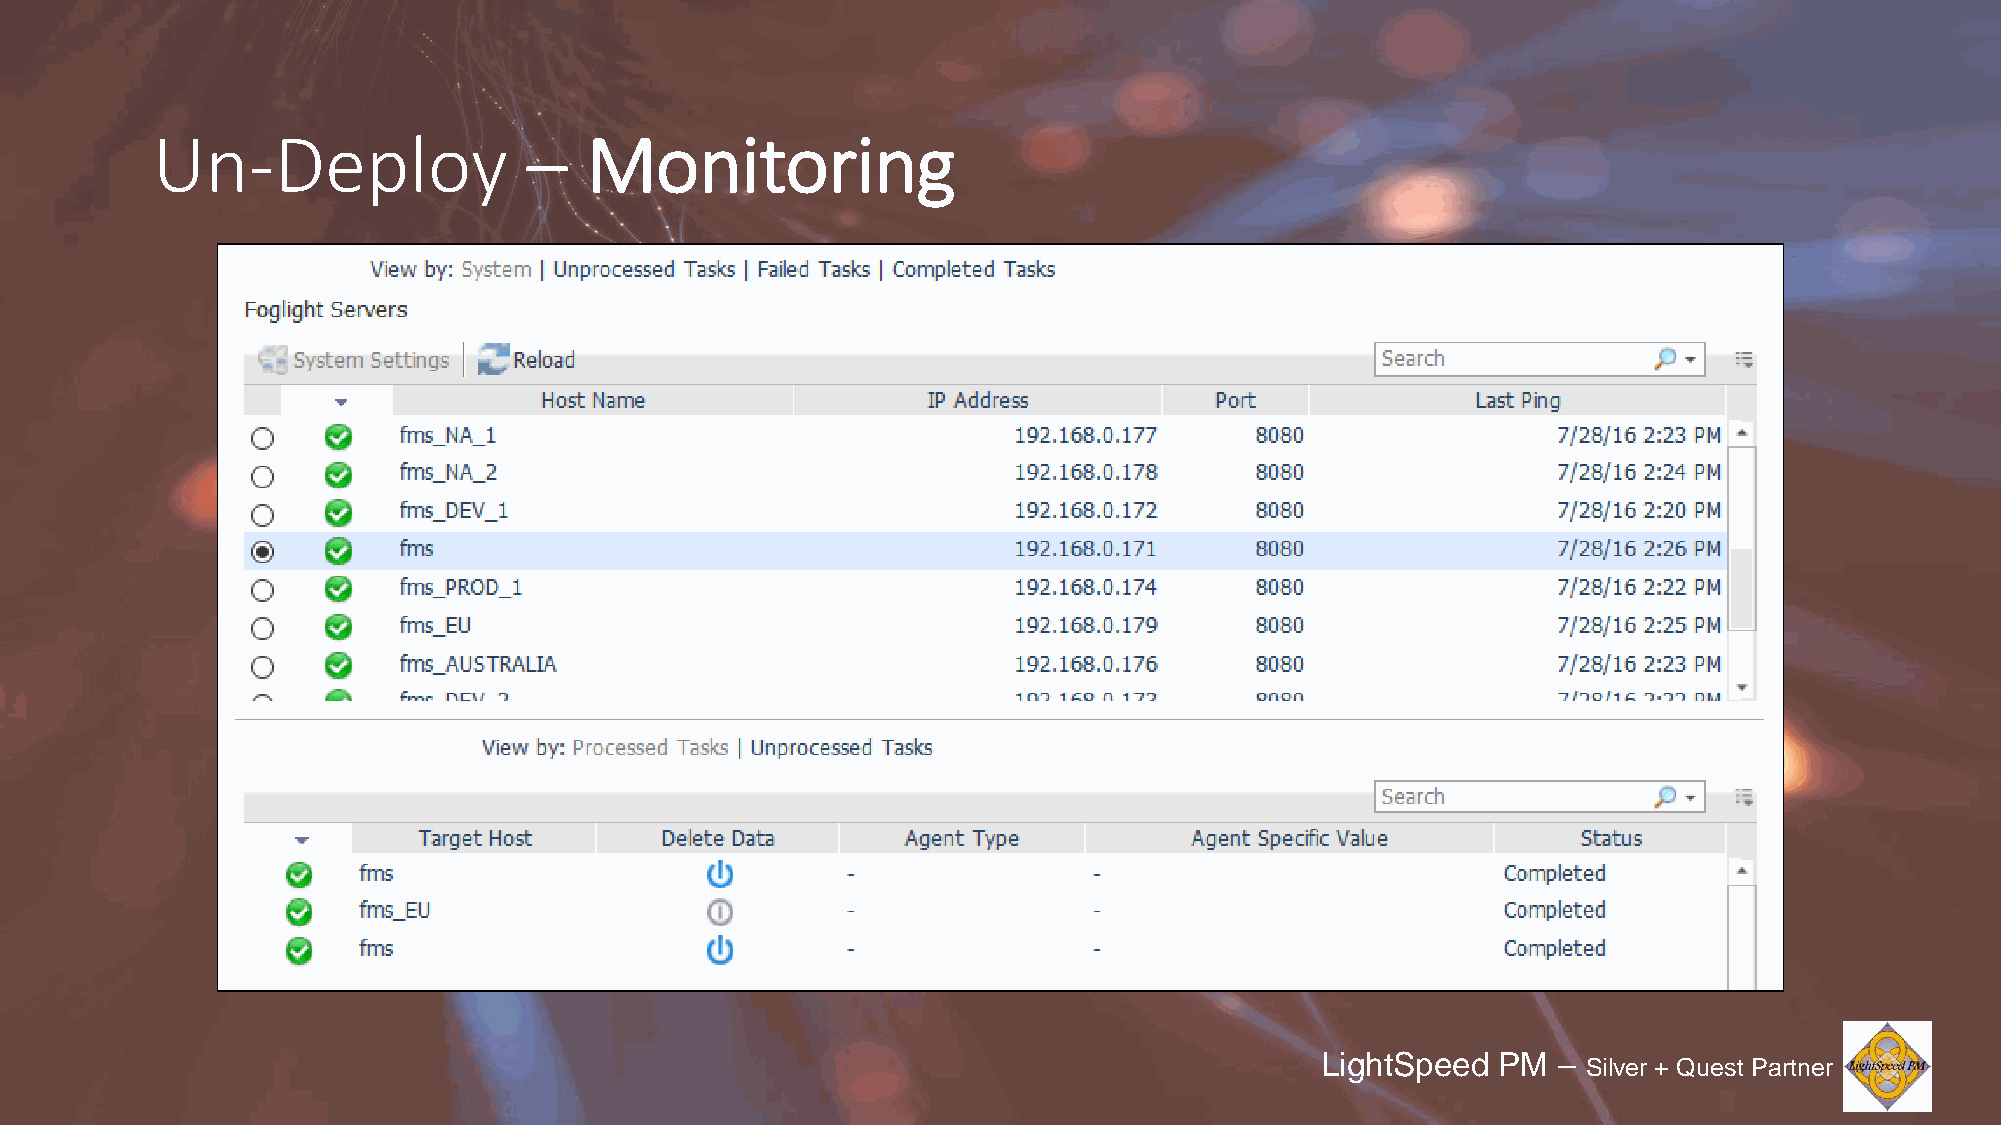
Un-Deploy                –   Monitoring
 LightSpeed  PM  –
 Silver + Quest Partner